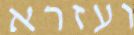
ועזרא